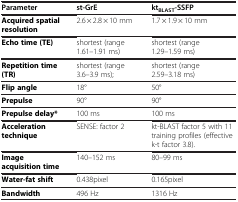
<table><thead><tr><td><b>Parameter</b></td><td><b>st-GrE</b></td><td><b>kt<sub>BLAST</sub>-SSFP</b></td></tr></thead><tbody><tr><td><b>Acquired spatial resolution</b></td><td>2.6 × 2.8 × 10 mm</td><td>1.7 × 1.9 × 10 mm</td></tr><tr><td><b>Echo time (TE)</b></td><td>shortest (range 1.61–1.91 ms)</td><td>shortest (range 1.29–1.59 ms)</td></tr><tr><td><b>Repetition time (TR)</b></td><td>shortest (range 3.6–3.9 ms);</td><td>shortest (range 2.59–3.18 ms)</td></tr><tr><td><b>Flip angle</b></td><td>18°</td><td>50°</td></tr><tr><td><b>Prepulse</b></td><td>90°</td><td>90°</td></tr><tr><td><b>Prepulse delay*</b></td><td>100 ms</td><td>100 ms</td></tr><tr><td><b>Acceleration technique</b></td><td>SENSE: factor 2</td><td>kt-BLAST factor 5 with 11 training profiles (effective k-t factor 3.8).</td></tr><tr><td><b>Image acquisition time</b></td><td>140–152 ms</td><td>80–99 ms</td></tr><tr><td><b>Water-fat shift</b></td><td>0.438pixel</td><td>0.165pixel</td></tr><tr><td><b>Bandwidth</b></td><td>496 Hz</td><td>1316 Hz</td></tr></tbody></table>